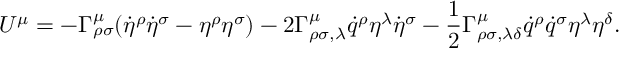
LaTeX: U ^ { \mu } = - \Gamma _ { \rho \sigma } ^ { \mu } ( \dot { \eta } ^ { \rho } \dot { \eta } ^ { \sigma } - \eta ^ { \rho } \eta ^ { \sigma } ) - 2 \Gamma _ { \rho \sigma , \lambda } ^ { \mu } \dot { q } ^ { \rho } \eta ^ { \lambda } \dot { \eta } ^ { \sigma } - \frac { 1 } { 2 } \Gamma _ { \rho \sigma , \lambda \delta } ^ { \mu } \dot { q } ^ { \rho } \dot { q } ^ { \sigma } \eta ^ { \lambda } \eta ^ { \delta } .